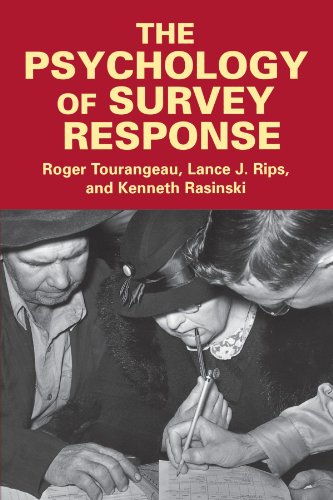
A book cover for The Psychology of Survey Response; Roger Tourangeau; Medical Books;